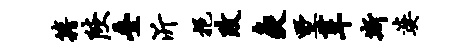
籍陕叠沂挹改灸墅葺斯婆